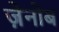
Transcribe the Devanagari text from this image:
ज़ेनोब